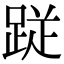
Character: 𮛙